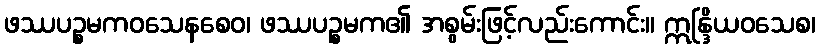
ဖဿပဉ္စမကဝသေနစေဝ၊ ဖဿပဉ္စမက၏ အစွမ်းဖြင့်လည်းကောင်း။ ဣန္ဒြိယဝသေစ၊